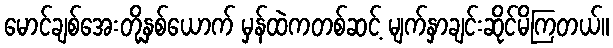
မောင်ချစ်အေးတို့နှစ်ယောက် မှန်ထဲကတစ်ဆင့် မျက်နှာချင်းဆိုင်မိကြတယ်။